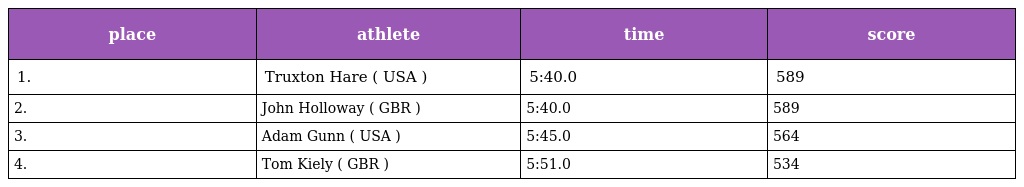
| place | athlete | time | score |
 | --- | --- | --- | --- |
 | 1. | Truxton Hare ( USA ) | 5:40.0 | 589 |
 | 2. | John Holloway ( GBR ) | 5:40.0 | 589 |
 | 3. | Adam Gunn ( USA ) | 5:45.0 | 564 |
 | 4. | Tom Kiely ( GBR ) | 5:51.0 | 534 |